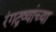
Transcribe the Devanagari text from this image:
रंगद्रव्यांच्या